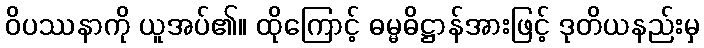
ဝိပဿနာကို ယူအပ်၏။ ထိုကြောင့် ဓမ္မဓိဋ္ဌာန်အားဖြင့် ဒုတိယနည်းမှ